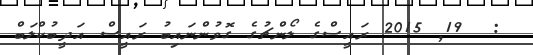
:  19